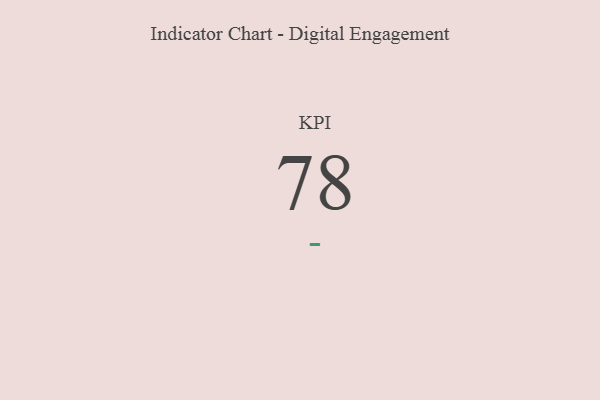
{"axis": {"x": "KPI", "y": "Value"}, "legend": [""], "data": [{"x": "KPI", "y": 78, "type": ""}]}